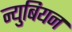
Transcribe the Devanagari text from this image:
न्युबियन